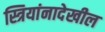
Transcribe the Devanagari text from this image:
स्त्रियांनादेखील